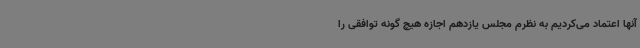
آنها اعتماد می‌کردیم به نظرم مجلس یازدهم اجازه هیچ گونه توافقی را